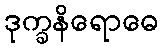
ဒုက္ခနိရောဓေ